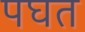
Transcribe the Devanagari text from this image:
पघत